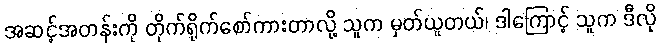
အဆင့်အတန်းကို တိုက်ရိုက်စော်ကားတာလို့ သူက မှတ်ယူတယ်၊ ဒါကြောင့် သူက ဒီလို